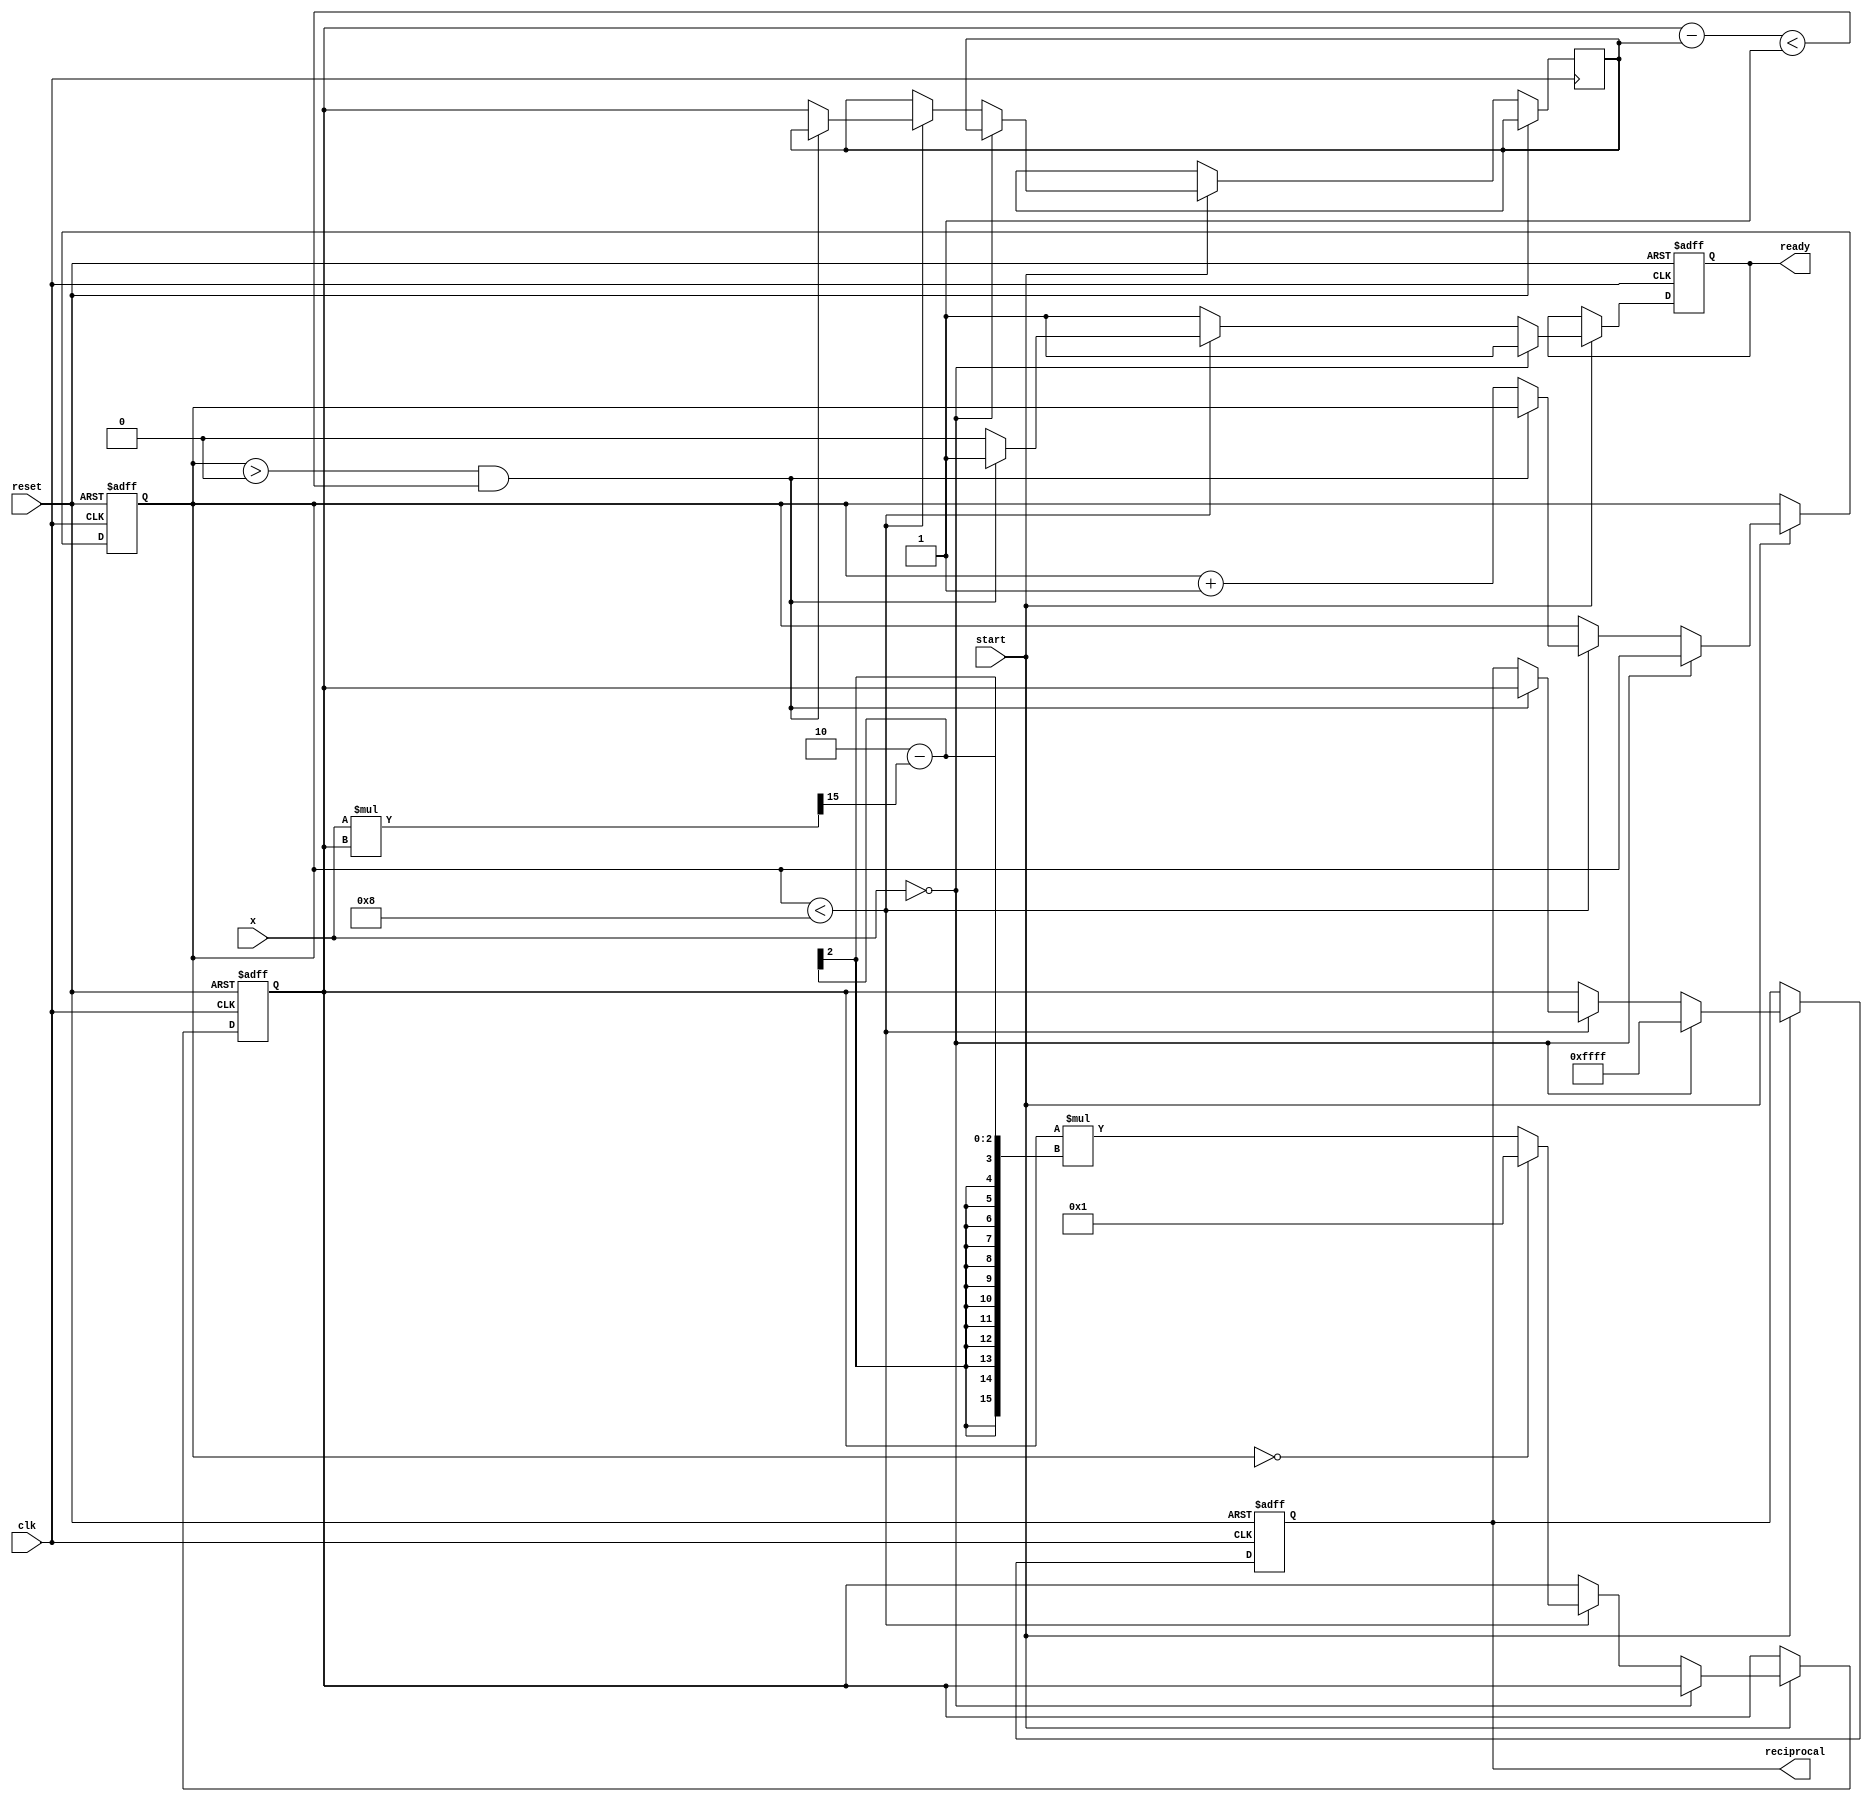
module newton_raphson_reciprocal (
    input wire [15:0] x,          // Input value (fixed-point representation)
    input wire start,             // Start signal
    input wire clk,               // Clock signal
    input wire reset,             // Reset signal
    output reg [15:0] reciprocal, // Computed reciprocal
    output reg ready              // Ready signal
);

    parameter MAX_ITERATIONS = 8; // Maximum number of iterations
    parameter THRESHOLD = 16'h0001; // Convergence threshold

    reg [15:0] estimate;          // Current estimate of the reciprocal
    reg [3:0] iteration_count;    // Iteration counter
    reg [15:0] previous_estimate; // Previous estimate for convergence check
    reg error_flag;               // Error flag for division by zero

    always @(posedge clk or posedge reset) begin
        if (reset) begin
            reciprocal <= 16'h0000; // Reset reciprocal output
            ready <= 1'b0;          // Not ready
            estimate <= 16'h0000;   // Reset estimate
            iteration_count <= 4'd0; // Reset iteration count
            error_flag <= 1'b0;      // No error
        end else if (start) begin
            if (x == 16'h0000) begin
                error_flag <= 1'b1;  // Division by zero error
                reciprocal <= 16'hFFFF; // Return a predefined error value (infinity)
                ready <= 1'b1;        // Indicate ready
            end else if (iteration_count < MAX_ITERATIONS) begin
                if (iteration_count == 0) begin
                    // Initial estimate: 1 / x (using a fixed approximation)
                    estimate <= 16'h0001; // Initial guess
                end else begin
                    // Newton-Raphson iteration formula
                    estimate <= estimate * (16'h0002 - (x * estimate >> 15)); // Shift right for fixed-point
                end

                // Check for convergence
                if (iteration_count > 0 && (estimate - previous_estimate) < THRESHOLD) begin
                    ready <= 1'b1; // Converged
                    reciprocal <= estimate; // Output the final estimate
                end else begin
                    previous_estimate <= estimate; // Store previous estimate
                    iteration_count <= iteration_count + 1; // Increment iteration count
                    ready <= 1'b0; // Not ready yet
                end
            end else begin
                // Maximum iterations reached
                reciprocal <= estimate; // Output the current estimate
                ready <= 1'b1; // Indicate ready
            end
        end
    end
endmodule